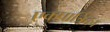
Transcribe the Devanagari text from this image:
एकपात्रिका